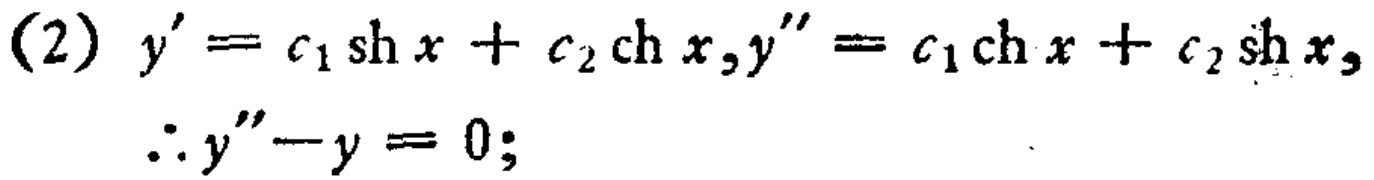
(2) \(y' = c_{1}\mathrm{sh}\,x + c_{2}\mathrm{ch}\,x,y'' = c_{1}\mathrm{ch}\,x + c_{2}\mathrm{sh}\,x,\)
\(\therefore y'' - y = 0;\)